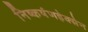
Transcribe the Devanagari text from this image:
निष्कर्षणहेक्सेन